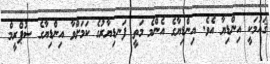
ޤައުމަކީ އިންޑިޔާ އެވެ. އިންޑިޔާގެ އެންމެ މަތީ ފަނޑިޔާރުގެ ކަމަށްވާ އިންޑިޔާގެ ސުޕްރީމް